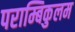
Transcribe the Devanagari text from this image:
पराम्बिकुलम